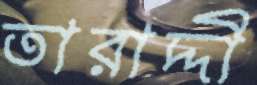
তারাদ্দী